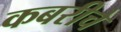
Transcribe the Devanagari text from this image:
कबरीचे